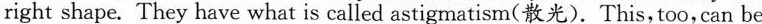
right shape. They have what is called astigmatism(散光).This,too,can be